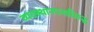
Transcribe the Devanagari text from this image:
व्यवस्थानपनाविरुद्ध